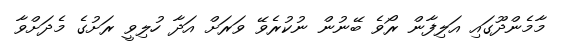
މާމެންދޫގައި އަލިފާން ރޯވެ ބޭނުން ނުކުރެވޭ ވަރަށް އަދާ ހުލިވީ ރަށުގެ މެދަށްވާ